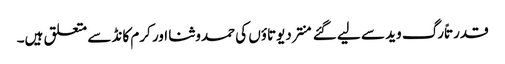
قدرتاً رگ وید سے لیے گئے منتر دیوتاؤں کی حمدوثنا اور کرم کانڈ سے متعلق ہیں۔